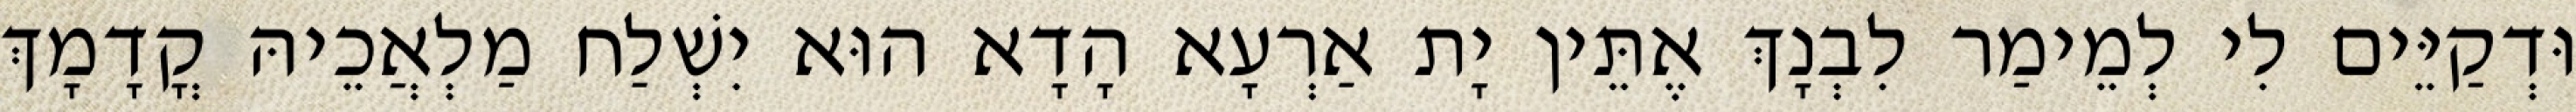
וּדְקַיֵּים לִי לְמֵימַר לִבְנָךְ אֶתֵּין יָת אַרְעָא הָדָא הוּא יִשְׁלַח מַלְאֲכֵיהּ קֳדָמָךְ